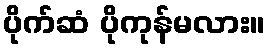
ပိုက်ဆံ ပိုကုန်မလား။